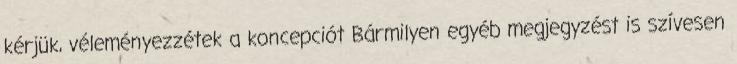
kérjük, véleményezzétek a koncepciót Bármilyen egyéb megjegyzést is szívesen